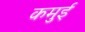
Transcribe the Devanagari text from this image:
कमुई